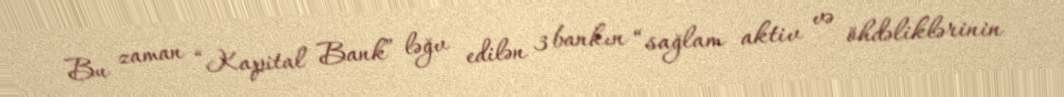
Bu zaman “Kapital Bank” ləğv edilən 3 bankın “sağlam aktiv və öhdəliklərinin